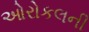
ઓરોકલની